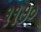
૧૧૭૦